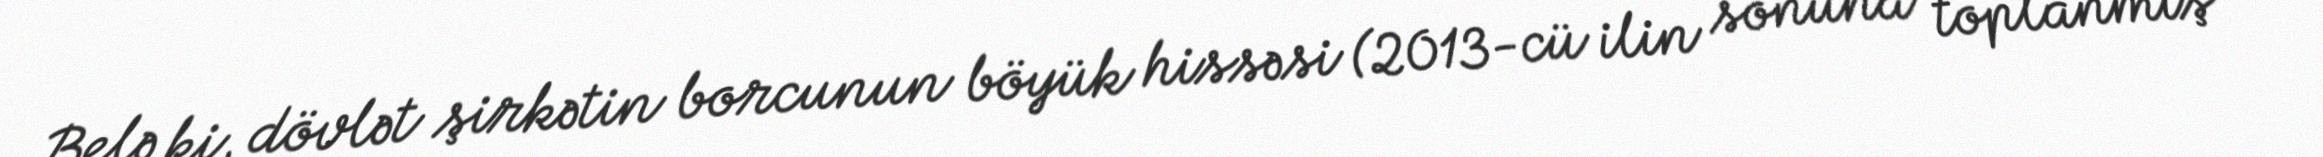
Belə ki, dövlət şirkətin borcunun böyük hissəsi (2013-cü ilin sonuna toplanmış